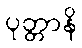
ပုတ္တာနိ